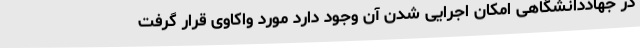
در جهاددانشگاهی امکان اجرایی شدن آن وجود دارد مورد واکاوی قرار گرفت